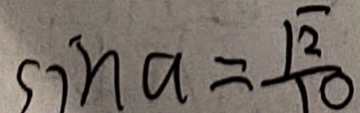
\sin a = \frac { \sqrt { 2 } } { 1 0 }